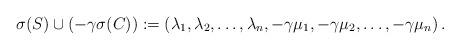
LaTeX: \begin{align*}\sigma(S)\cup\left(-\gamma\sigma(C)\right):=\left( \lambda_{1},\lambda_{2},\ldots,\lambda_{n},-\gamma\mu_{1},-\gamma\mu_{2},\ldots,-\gamma\mu_{n}\right).\end{align*}